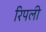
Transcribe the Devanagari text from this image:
रिपली